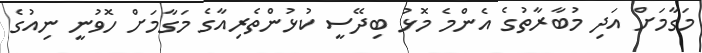
މަގާމަށް އަދި މުބާރާތުގެ އެންމެ މޮޅު ބިދޭސީ ކުޅުންތެރިއާގެ މަގާމަށް ހޮވުނީ ނިއުގެ